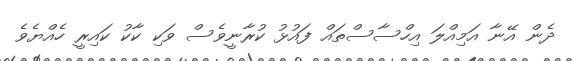
ދެން އޭނާ އަމިއްލަ އިހްސާސްތައް ފައުޅު ކުރާނީވެސް ވަކި ކާކު ކައިރީ ހެއްޔެވެ